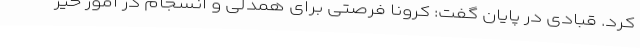
کرد. قبادی در پایان گفت: کرونا فرصتی برای همدلی و انسجام در امور خیر